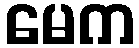
မေက